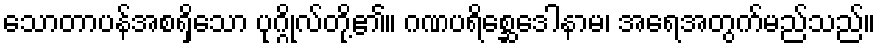
သောတာပန်အစရှိသော ပုဂ္ဂိုလ်တို့၏။ ဂဏပရိစ္ဆေဒေါနာမ၊ အရေအတွက်မည်သည်။